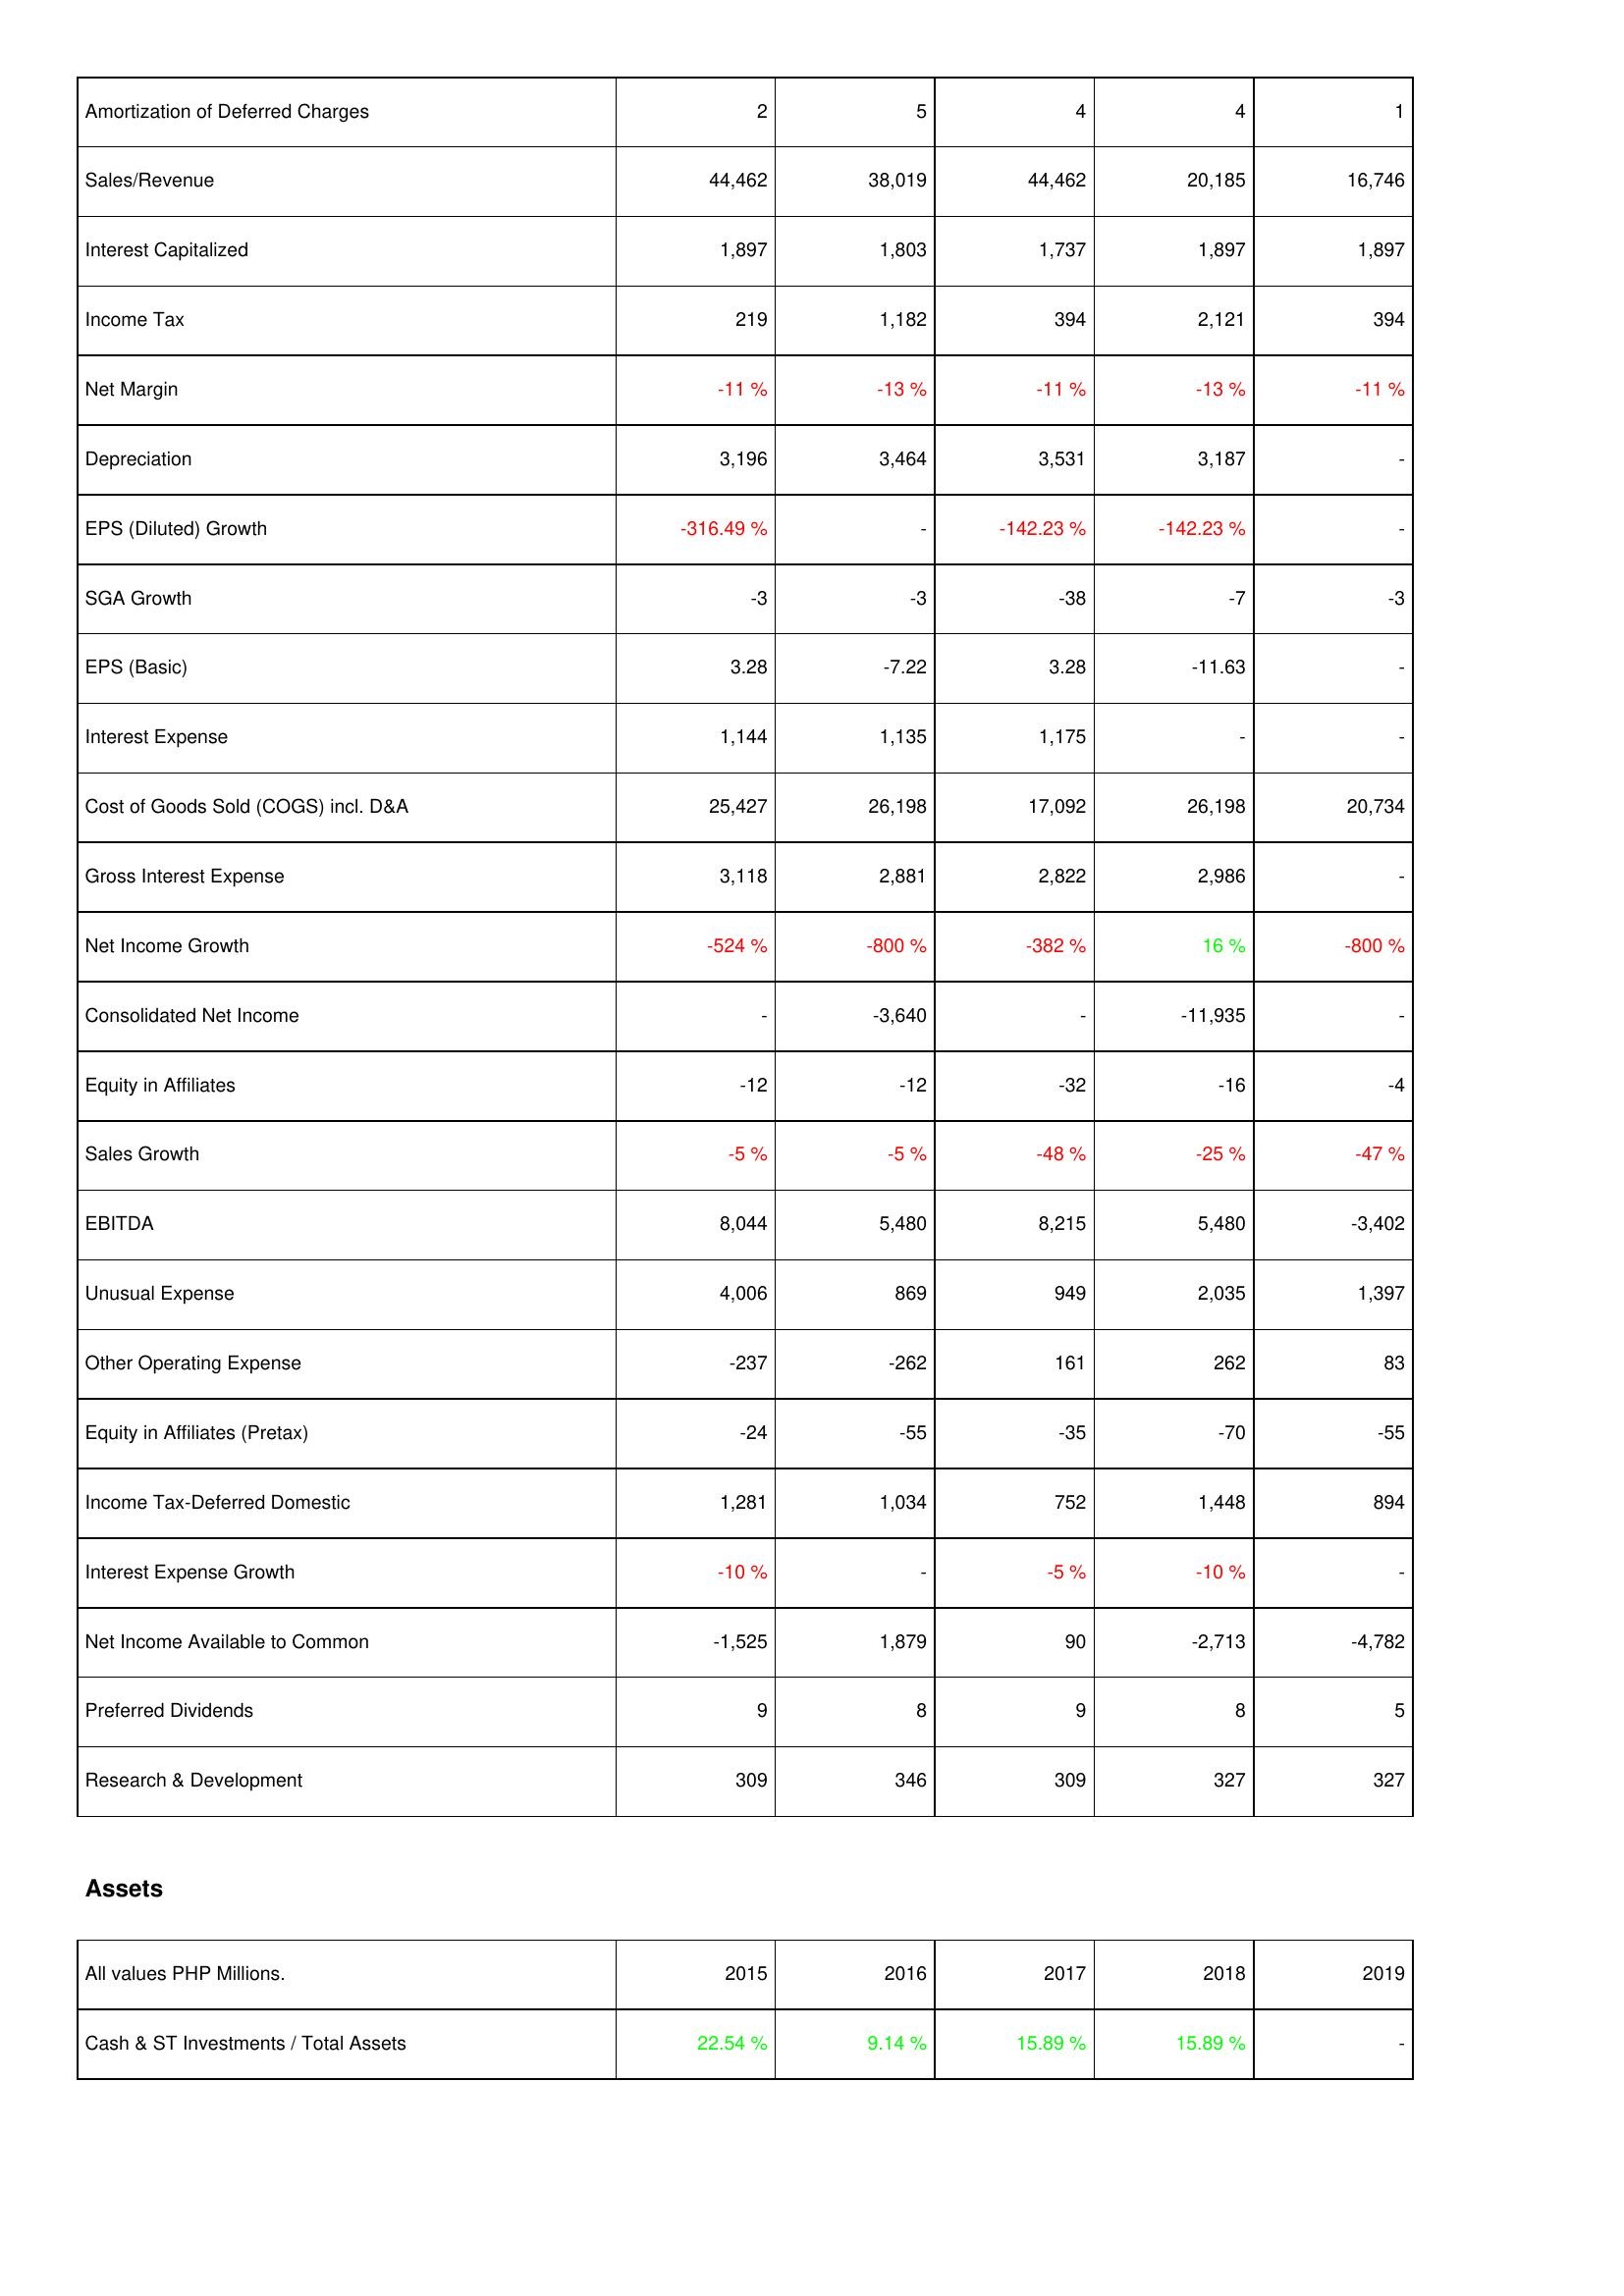
2015: Income Statement: Amortization of Deferred Charges: 2
Sales/Revenue: 44,462
Interest Capitalized: 1,897
Income Tax: 219
Net Margin: -11 %
Depreciation: 3,196
EPS (Diluted) Growth: -316.49 %
SGA Growth: -3
EPS (Basic): 3.28
Interest Expense: 1,144
Cost of Goods Sold (COGS) incl. D&A: 25,427
Gross Interest Expense: 3,118
Net Income Growth: -524 %
Consolidated Net Income: -
Equity in Affiliates: -12
Sales Growth: -5 %
EBITDA: 8,044
Unusual Expense: 4,006
Other Operating Expense: -237
Equity in Affiliates (Pretax): -24
Income Tax-Deferred Domestic: 1,281
Interest Expense Growth: -10 %
Net Income Available to Common: -1,525
Preferred Dividends: 9
Research & Development: 309
Assets: Cash & ST Investments / Total Assets: 22.54 %
2016: Income Statement: Amortization of Deferred Charges: 5
Sales/Revenue: 38,019
Interest Capitalized: 1,803
Income Tax: 1,182
Net Margin: -13 %
Depreciation: 3,464
EPS (Diluted) Growth: -
SGA Growth: -3
EPS (Basic): -7.22
Interest Expense: 1,135
Cost of Goods Sold (COGS) incl. D&A: 26,198
Gross Interest Expense: 2,881
Net Income Growth: -800 %
Consolidated Net Income: -3,640
Equity in Affiliates: -12
Sales Growth: -5 %
EBITDA: 5,480
Unusual Expense: 869
Other Operating Expense: -262
Equity in Affiliates (Pretax): -55
Income Tax-Deferred Domestic: 1,034
Interest Expense Growth: -
Net Income Available to Common: 1,879
Preferred Dividends: 8
Research & Development: 346
Assets: Cash & ST Investments / Total Assets: 9.14 %
2017: Income Statement: Amortization of Deferred Charges: 4
Sales/Revenue: 44,462
Interest Capitalized: 1,737
Income Tax: 394
Net Margin: -11 %
Depreciation: 3,531
EPS (Diluted) Growth: -142.23 %
SGA Growth: -38
EPS (Basic): 3.28
Interest Expense: 1,175
Cost of Goods Sold (COGS) incl. D&A: 17,092
Gross Interest Expense: 2,822
Net Income Growth: -382 %
Consolidated Net Income: -
Equity in Affiliates: -32
Sales Growth: -48 %
EBITDA: 8,215
Unusual Expense: 949
Other Operating Expense: 161
Equity in Affiliates (Pretax): -35
Income Tax-Deferred Domestic: 752
Interest Expense Growth: -5 %
Net Income Available to Common: 90
Preferred Dividends: 9
Research & Development: 309
Assets: Cash & ST Investments / Total Assets: 15.89 %
2018: Income Statement: Amortization of Deferred Charges: 4
Sales/Revenue: 20,185
Interest Capitalized: 1,897
Income Tax: 2,121
Net Margin: -13 %
Depreciation: 3,187
EPS (Diluted) Growth: -142.23 %
SGA Growth: -7
EPS (Basic): -11.63
Interest Expense: -
Cost of Goods Sold (COGS) incl. D&A: 26,198
Gross Interest Expense: 2,986
Net Income Growth: 16 %
Consolidated Net Income: -11,935
Equity in Affiliates: -16
Sales Growth: -25 %
EBITDA: 5,480
Unusual Expense: 2,035
Other Operating Expense: 262
Equity in Affiliates (Pretax): -70
Income Tax-Deferred Domestic: 1,448
Interest Expense Growth: -10 %
Net Income Available to Common: -2,713
Preferred Dividends: 8
Research & Development: 327
Assets: Cash & ST Investments / Total Assets: 15.89 %
2019: Income Statement: Amortization of Deferred Charges: 1
Sales/Revenue: 16,746
Interest Capitalized: 1,897
Income Tax: 394
Net Margin: -11 %
Depreciation: -
EPS (Diluted) Growth: -
SGA Growth: -3
EPS (Basic): -
Interest Expense: -
Cost of Goods Sold (COGS) incl. D&A: 20,734
Gross Interest Expense: -
Net Income Growth: -800 %
Consolidated Net Income: -
Equity in Affiliates: -4
Sales Growth: -47 %
EBITDA: -3,402
Unusual Expense: 1,397
Other Operating Expense: 83
Equity in Affiliates (Pretax): -55
Income Tax-Deferred Domestic: 894
Interest Expense Growth: -
Net Income Available to Common: -4,782
Preferred Dividends: 5
Research & Development: 327
Assets: Cash & ST Investments / Total Assets: -